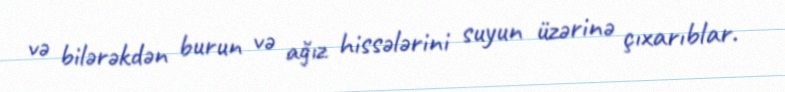
və bilərəkdən burun və ağız hissələrini suyun üzərinə çıxarıblar.